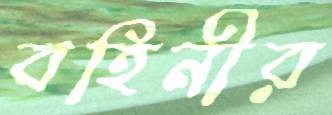
বহিনীর